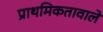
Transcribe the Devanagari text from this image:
प्राथमिकतावाले